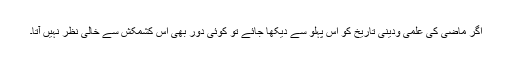
اگر ماضی کی علمی ودینی تاریخ کو اس پہلو سے دیکھا جائے تو کوئی دور بھی اس کشمکش سے خالی نظر نہیں آتا۔